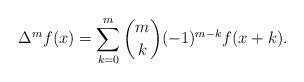
LaTeX: \begin{align*} \Delta^m f(x)=\sum_{k=0}^m \binom{m}{k}(-1)^{m-k} f(x+k).\end{align*}